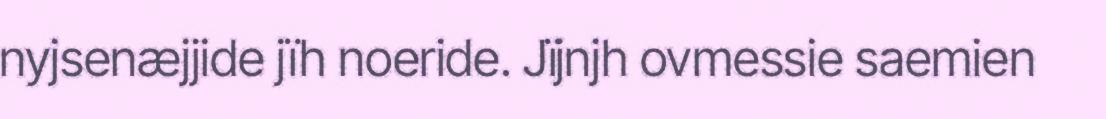
nyjsenæjjide jïh noeride. Jïjnjh ovmessie saemien